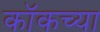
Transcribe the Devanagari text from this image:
कॉकच्या